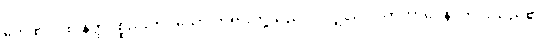
တေ ဧဝ၊ ထို နတ္ထိပစ္စည်းတပ်သော တရားတို့သည်ပင်လျှင်။ ဝိဂတဘာဝေန၊ ကင်းသည်၏